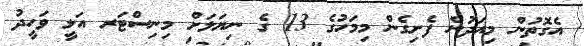
އެގޮތުން މިއަދުން ފެށިގެން މިމަހުގެ 13 ގެ ނިޔަލަށް މިނިސްޓަރ އަލީ ވަހީދު